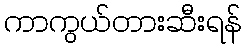
ကာကွယ်တားဆီးရန်